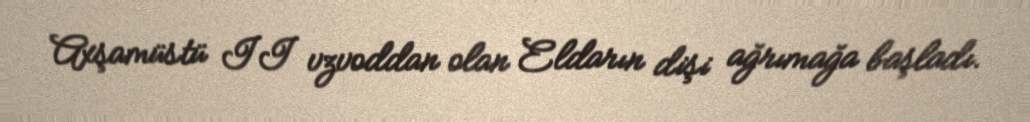
Axşamüstü II vzvoddan olan Eldarın dişi ağrımağa başladı.